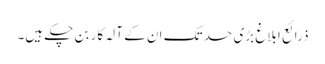
ذرائع ابلاغ بڑی حد تک ان کے آلہ کار بن چکے ہیں۔